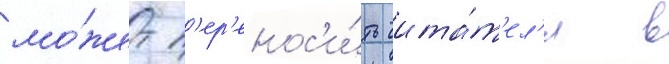
мо́жет п'ер'енос'и́ть чита́т'ел'я в